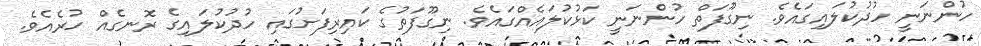
ހުންނަނީ ހުދުކުލައިގައެވެ. ނިގޫފަތް ހުންނަނީ ކަޅުކުލައެއްގައެވެ. ނިގޫފަތުގެ ކައިރިފަށުގައި ހުދުކުލައިގެ ރޮނގެއް ހުރެއެވެ.